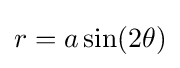
r=a\sin(2\theta )